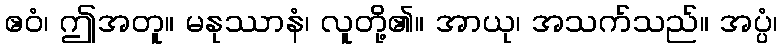
ဧဝံ၊ ဤအတူ။ မနုဿာနံ၊ လူတို့၏။ အာယု၊ အသက်သည်။ အပ္ပံ၊